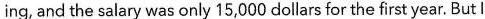
ing, and the salary was only 15,000 dollars for the first year. But l